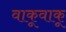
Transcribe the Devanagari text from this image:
वाकूवाकू